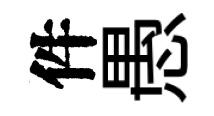
件愚